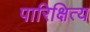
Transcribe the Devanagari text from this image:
पारिक्षित्य